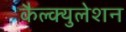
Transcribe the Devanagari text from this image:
कैल्क्युलेशन